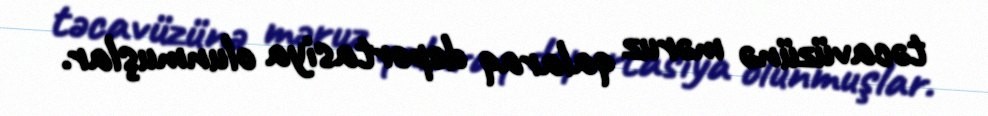
təcavüzünə məruz qalaraq deportasiya olunmuşlar.